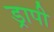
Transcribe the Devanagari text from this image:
ड्रापी